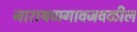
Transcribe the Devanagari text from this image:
नारायणगावजवळील